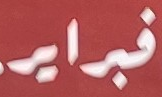
فبراير